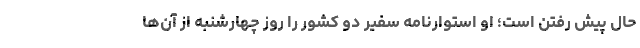
حال پیش رفتن است؛ او استوارنامه سفیر دو کشور را روز چهارشنبه از آن‌ها